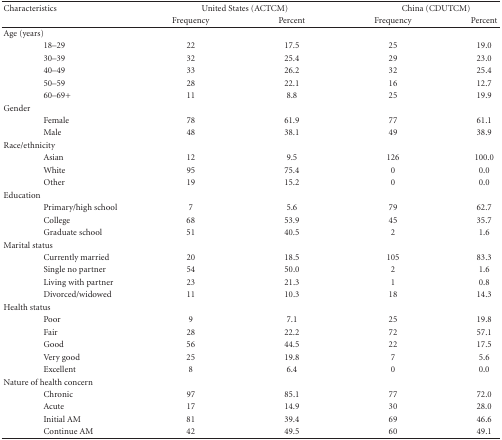
<table><thead><tr><td><b>Characteristics</b></td><td colspan="2"><b>United States (ACTCM)</b></td><td colspan="2"><b>China (CDUTCM)</b></td></tr><tr><td></td><td><b>Frequency</b></td><td><b>Percent</b></td><td><b>Frequency</b></td><td><b>Percent</b></td></tr></thead><tbody><tr><td>Age (years)</td><td></td><td></td><td></td><td></td></tr><tr><td>18–29</td><td>22</td><td>17.5</td><td>25</td><td>19.0</td></tr><tr><td>30–39</td><td>32</td><td>25.4</td><td>29</td><td>23.0</td></tr><tr><td>40–49</td><td>33</td><td>26.2</td><td>32</td><td>25.4</td></tr><tr><td>50–59</td><td>28</td><td>22.1</td><td>16</td><td>12.7</td></tr><tr><td>60–69+</td><td>11</td><td>8.8</td><td>25</td><td>19.9</td></tr><tr><td>Gender</td><td></td><td></td><td></td><td></td></tr><tr><td>Female</td><td>78</td><td>61.9</td><td>77</td><td>61.1</td></tr><tr><td>Male</td><td>48</td><td>38.1</td><td>49</td><td>38.9</td></tr><tr><td>Race/ethnicity</td><td></td><td></td><td></td><td></td></tr><tr><td>Asian</td><td>12</td><td>9.5</td><td>126</td><td>100.0</td></tr><tr><td>White</td><td>95</td><td>75.4</td><td>0</td><td>0.0</td></tr><tr><td>Other</td><td>19</td><td>15.2</td><td>0</td><td>0.0</td></tr><tr><td>Education</td><td></td><td></td><td></td><td></td></tr><tr><td>Primary/high school</td><td>7</td><td>5.6</td><td>79</td><td>62.7</td></tr><tr><td>College</td><td>68</td><td>53.9</td><td>45</td><td>35.7</td></tr><tr><td>Graduate school</td><td>51</td><td>40.5</td><td>2</td><td>1.6</td></tr><tr><td>Marital status</td><td></td><td></td><td></td><td></td></tr><tr><td>Currently married</td><td>20</td><td>18.5</td><td>105</td><td>83.3</td></tr><tr><td>Single no partner</td><td>54</td><td>50.0</td><td>2</td><td>1.6</td></tr><tr><td>Living with partner</td><td>23</td><td>21.3</td><td>1</td><td>0.8</td></tr><tr><td>Divorced/widowed</td><td>11</td><td>10.3</td><td>18</td><td>14.3</td></tr><tr><td>Health status</td><td></td><td></td><td></td><td></td></tr><tr><td>Poor</td><td>9</td><td>7.1</td><td>25</td><td>19.8</td></tr><tr><td>Fair</td><td>28</td><td>22.2</td><td>72</td><td>57.1</td></tr><tr><td>Good</td><td>56</td><td>44.5</td><td>22</td><td>17.5</td></tr><tr><td>Very good</td><td>25</td><td>19.8</td><td>7</td><td>5.6</td></tr><tr><td>Excellent</td><td>8</td><td>6.4</td><td>0</td><td>0.0</td></tr><tr><td>Nature of health concern</td><td></td><td></td><td></td><td></td></tr><tr><td>Chronic</td><td>97</td><td>85.1</td><td>77</td><td>72.0</td></tr><tr><td>Acute</td><td>17</td><td>14.9</td><td>30</td><td>28.0</td></tr><tr><td>Initial AM</td><td>81</td><td>39.4</td><td>69</td><td>46.6</td></tr><tr><td>Continue AM</td><td>42</td><td>49.5</td><td>60</td><td>49.1</td></tr></tbody></table>